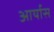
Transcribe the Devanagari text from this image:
आर्यास